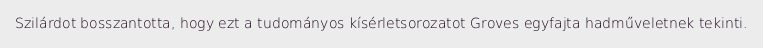
Szilárdot bosszantotta, hogy ezt a tudományos kísérletsorozatot Groves egyfajta hadműveletnek tekinti.